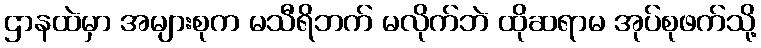
ဌာနထဲမှာ အများစုက မသီရိဘက် မလိုက်ဘဲ ထိုဆရာမ အုပ်စုဖက်သို့